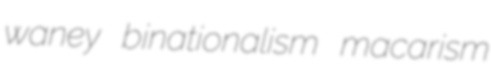
waney binationalism macarism